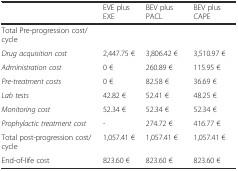
<table><thead><tr><td></td><td><b>EVE plus EXE</b></td><td><b>BEV plus PACL</b></td><td><b>BEV plus CAPE</b></td></tr></thead><tbody><tr><td>Total Pre-progression cost/cycle</td><td></td><td></td><td></td></tr><tr><td><i>Drug acquisition cost</i></td><td>2,447.75 €</td><td>3,806.42 €</td><td>3,510.97 €</td></tr><tr><td><i>Administration cost</i></td><td>0 €</td><td>260.89 €</td><td>115.95 €</td></tr><tr><td><i>Pre-treatment costs</i></td><td>0 €</td><td>82.58 €</td><td>36.69 €</td></tr><tr><td><i>Lab tests</i></td><td>42.82 €</td><td>52.41 €</td><td>48.25 €</td></tr><tr><td><i>Monitoring cost</i></td><td>52.34 €</td><td>52.34 €</td><td>52.34 €</td></tr><tr><td><i>Prophylactic treatment cost</i></td><td>-</td><td>274.72 €</td><td>416.77 €</td></tr><tr><td>Total post-progression cost/cycle</td><td>1,057.41 €</td><td>1,057.41 €</td><td>1,057.41 €</td></tr><tr><td>End-of-life cost</td><td>823.60 €</td><td>823.60 €</td><td>823.60 €</td></tr></tbody></table>